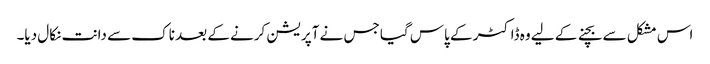
اس مشکل سے بچنے کے لیے وہ ڈاکٹر کے پاس گیا جس نے آپریشن کرنے کے بعد ناک سے دانت نکال دیا۔